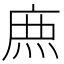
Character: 𮭱